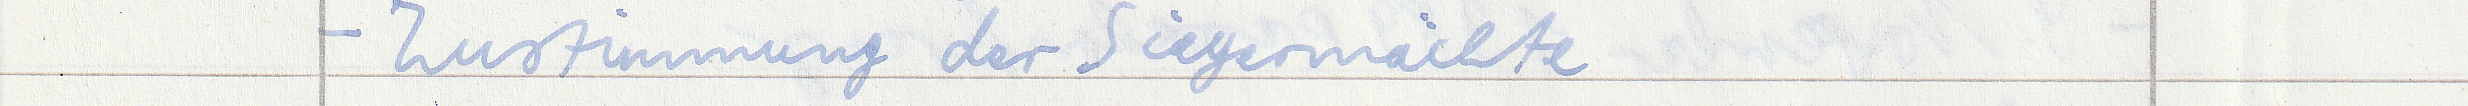
- Zustimmung der Siegermächte